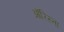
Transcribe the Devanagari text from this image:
ऑरिस्ता